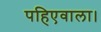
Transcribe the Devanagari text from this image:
पहिएवाला।